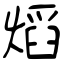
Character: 熖